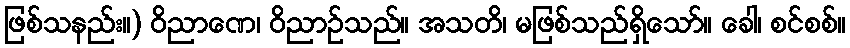
ဖြစ်သနည်း။) ဝိညာဏေ၊ ဝိညာဉ်သည်။ အသတိ၊ မဖြစ်သည်ရှိသော်။ ခေါ၊ စင်စစ်။